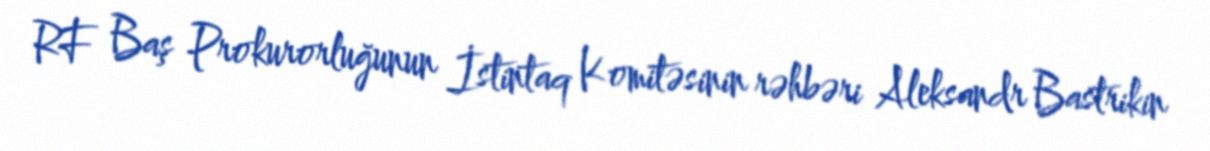
RF Baş Prokurorluğunun İstintaq Komitəsinin rəhbəri Aleksandr Bastrikin